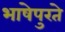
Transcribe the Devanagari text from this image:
भाषेपुरते